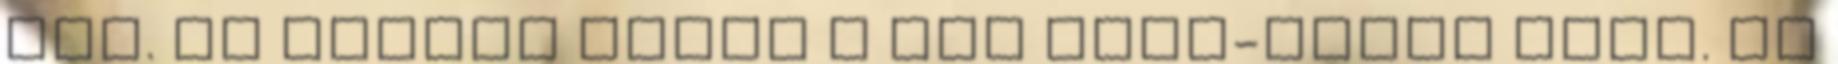
meg. Az alábbi ábrán a egy IMAP-alapú fiók. Ha